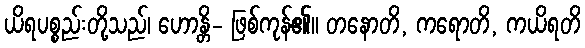
ယိရပစ္စည်းတို့သည်၊ ဟောန္တိ- ဖြစ်ကုန်၏။ တနောတိ, ကရောတိ, ကယိရတိ